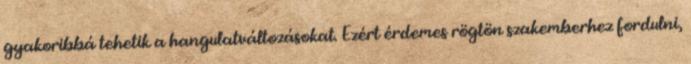
gyakoribbá tehetik a hangulatváltozásokat. Ezért érdemes rögtön szakemberhez fordulni,